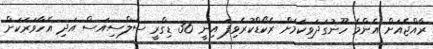
ރާއްޖެއަށް އެންމެ ހޫނުގަދަވިކަމަށް ރެކޯޑްކުރެވިފަ އިނީ 36 ޑިގްރީ ސެލްސިއަސް އަދި އެހާވަރަކަށް